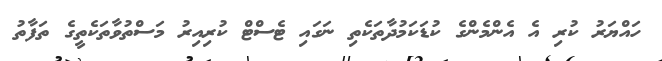
ހައްޔަރު ކުރި އެ އެންމެންގެ ކުޑަކަމުދާތަކެތި ނަގައި ޓެސްޓް ކުރިއިރު މަސްތުވާތަކެތީގެ ތަފާތު